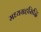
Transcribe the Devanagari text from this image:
मध्यग्रहसिद्धि